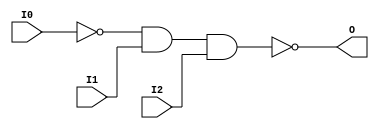
// $Header: /devl/xcs/repo/env/Databases/CAEInterfaces/verunilibs/data/unisims/NAND3B1.v,v 1.5.158.1 2007/03/09 18:13:10 patrickp Exp $
///////////////////////////////////////////////////////////////////////////////
// Copyright (c) 1995/2004 Xilinx, Inc.
// All Right Reserved.
///////////////////////////////////////////////////////////////////////////////
//   ____  ____
//  /   /\/   /
// /___/  \  /    Vendor : Xilinx
// \   \   \/     Version : 8.1i (I.13)
//  \   \         Description : Xilinx Functional Simulation Library Component
//  /   /                  3-input NAND Gate
// /___/   /\     Filename : NAND3B1.v
// \   \  /  \    Timestamp : Thu Mar 25 16:42:56 PST 2004
//  \___\/\___\
//
// Revision:
//    03/23/04 - Initial version.
// End Revision

`timescale  100 ps / 10 ps


module NAND3B1 (O, I0, I1, I2);

    output O;

    input  I0, I1, I2;

    not N0 (i0_inv, I0);
    nand A1 (O, i0_inv, I1, I2);


endmodule